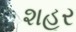
શહૂર